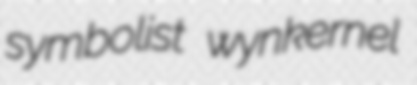
symbolist wynkernel